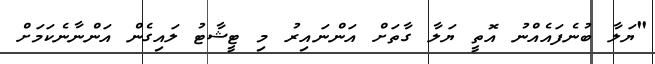
"ޔަލާ ބުނެފައެއްނު އޮތީ ޔަލާ ގާތަށް އަންނައިރު މި ޓީޝާޓު ލައިގެން އަންނާނެކަމަށް